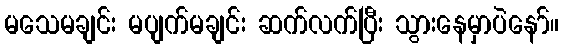
မသေမချင်း မပျက်မချင်း ဆက်လက်ပြီး သွားနေမှာပဲနော်။